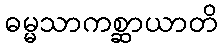
ဓမ္မသာကစ္ဆာယာတိ